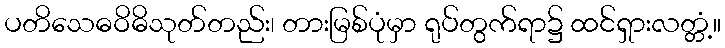
ပတိသေဓဝိဓိသုတ်တည်း၊ တားမြစ်ပုံမှာ ရုပ်တွက်ရာ၌ ထင်ရှားလတ္တံ့။